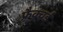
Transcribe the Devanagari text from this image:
फ़्रैक्चर्ड